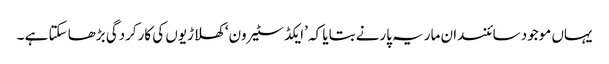
یہاں موجود سائنسدان ماریہ پارنے بتایا کہ ’ایکڈ سٹیرون‘ کھلاڑیوں کی کارکردگی بڑھا سکتا ہے ۔